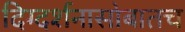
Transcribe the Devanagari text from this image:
दिग्दर्शनासोबातच